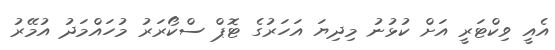
އެއީ ވިކްޓަރީ އަށް ކުޅުނު މިދިޔަ އަހަރުގެ ޓޮޕް ސްކޯރަރު މުހައްމަދު އުމޭރު